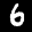
Label: 6